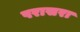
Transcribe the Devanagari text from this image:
परासरा